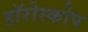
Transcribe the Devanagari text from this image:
हॉरोस्कोप